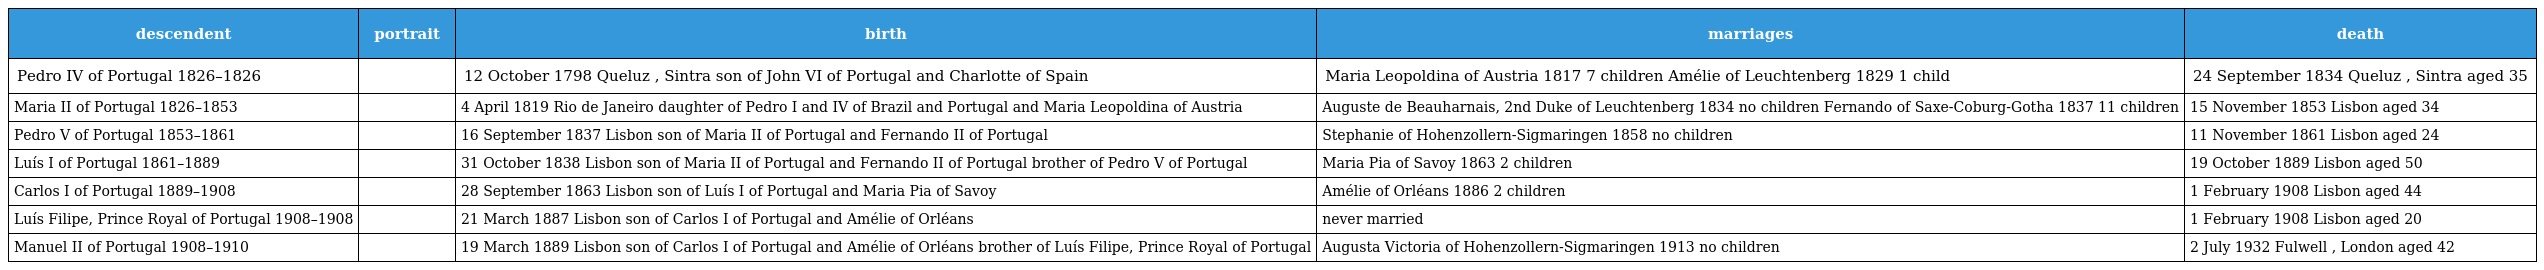
| descendent | portrait | birth | marriages | death |
 | --- | --- | --- | --- | --- |
 | Pedro IV of Portugal 1826–1826 |  | 12 October 1798 Queluz , Sintra son of John VI of Portugal and Charlotte of Spain | Maria Leopoldina of Austria 1817 7 children Amélie of Leuchtenberg 1829 1 child | 24 September 1834 Queluz , Sintra aged 35 |
 | Maria II of Portugal 1826–1853 |  | 4 April 1819 Rio de Janeiro daughter of Pedro I and IV of Brazil and Portugal and Maria Leopoldina of Austria | Auguste de Beauharnais, 2nd Duke of Leuchtenberg 1834 no children Fernando of Saxe-Coburg-Gotha 1837 11 children | 15 November 1853 Lisbon aged 34 |
 | Pedro V of Portugal 1853–1861 |  | 16 September 1837 Lisbon son of Maria II of Portugal and Fernando II of Portugal | Stephanie of Hohenzollern-Sigmaringen 1858 no children | 11 November 1861 Lisbon aged 24 |
 | Luís I of Portugal 1861–1889 |  | 31 October 1838 Lisbon son of Maria II of Portugal and Fernando II of Portugal brother of Pedro V of Portugal | Maria Pia of Savoy 1863 2 children | 19 October 1889 Lisbon aged 50 |
 | Carlos I of Portugal 1889–1908 |  | 28 September 1863 Lisbon son of Luís I of Portugal and Maria Pia of Savoy | Amélie of Orléans 1886 2 children | 1 February 1908 Lisbon aged 44 |
 | Luís Filipe, Prince Royal of Portugal 1908–1908 |  | 21 March 1887 Lisbon son of Carlos I of Portugal and Amélie of Orléans | never married | 1 February 1908 Lisbon aged 20 |
 | Manuel II of Portugal 1908–1910 |  | 19 March 1889 Lisbon son of Carlos I of Portugal and Amélie of Orléans brother of Luís Filipe, Prince Royal of Portugal | Augusta Victoria of Hohenzollern-Sigmaringen 1913 no children | 2 July 1932 Fulwell , London aged 42 |